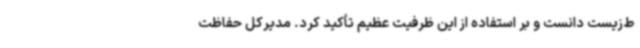
ط‌زیست دانست و بر استفاده از این ظرفیت عظیم تأکید کرد. مدیرکل حفاظت